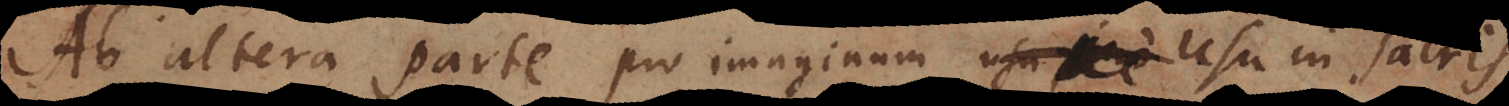
Ab altera parte pro imaginum usu in sacris